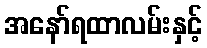
အနော်ရထာလမ်းနှင့်